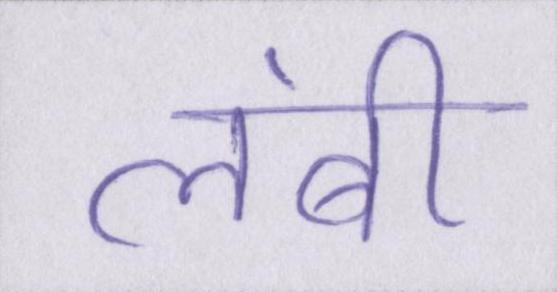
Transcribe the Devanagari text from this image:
लंबी